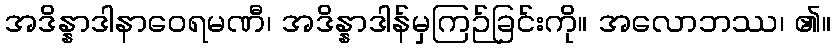
အဒိန္နာဒါနာဝေရမဏီ၊ အဒိန္နာဒါန်မှကြဉ်ခြင်းကို။ အလောဘဿ၊ ၏။